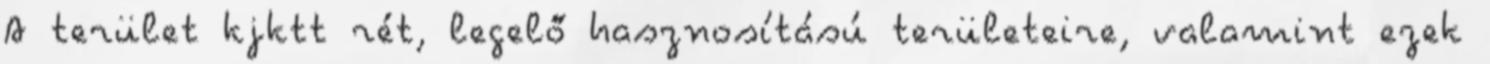
A terület kjktt rét, legelő hasznosítású területeire, valamint ezek